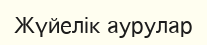
Жүйелік аурулар